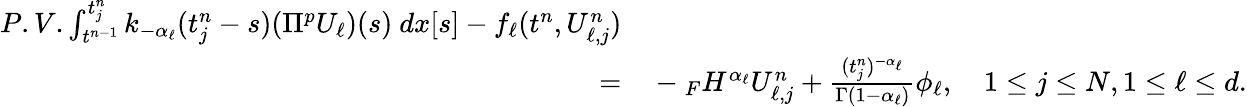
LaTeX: \begin{array}{rl}{P.V.\int_{t^{n-1}}^{t_{j}^{n}}k_{-\alpha_{\ell}}(t_{j}^{n}-s)(\Pi^{p}U_{\ell})(s)\ dx[s]-f_{\ell}(t^{n},U_{\ell,j}^{n})}\\ {=}&{{}-{}_{F}H^{\alpha_{\ell}}U_{\ell,j}^{n}+\frac{(t_{j}^{n})^{-\alpha_{\ell}}}{\Gamma(1-\alpha_{\ell})}\phi_{\ell},\quad 1\le j\le N,1\le\ell\le d.}\end{array}